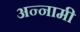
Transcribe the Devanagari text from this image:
अन्नामी